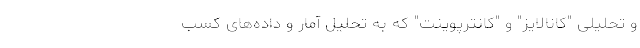
و تحلیلی "کانالایز" و "کانترپوینت" که به تحلیل آمار و داده‌های کسب